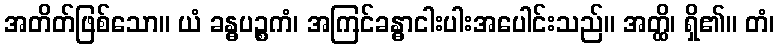
အတိတ်ဖြစ်သော။ ယံ ခန္ဓပဉ္စကံ၊ အကြင်ခန္ဓာငါးပါးအပေါင်းသည်။ အတ္ထိ၊ ရှိ၏။ တံ၊